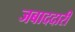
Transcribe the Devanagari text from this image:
जबाददारी